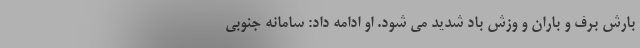
بارش برف و باران و وزش باد شدید می شود. او ادامه داد: سامانه جنوبی